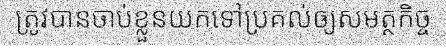
ត្រូវបានចាប់ខ្លួនយកទៅប្រគល់ឲ្យសមត្ថកិច្ច